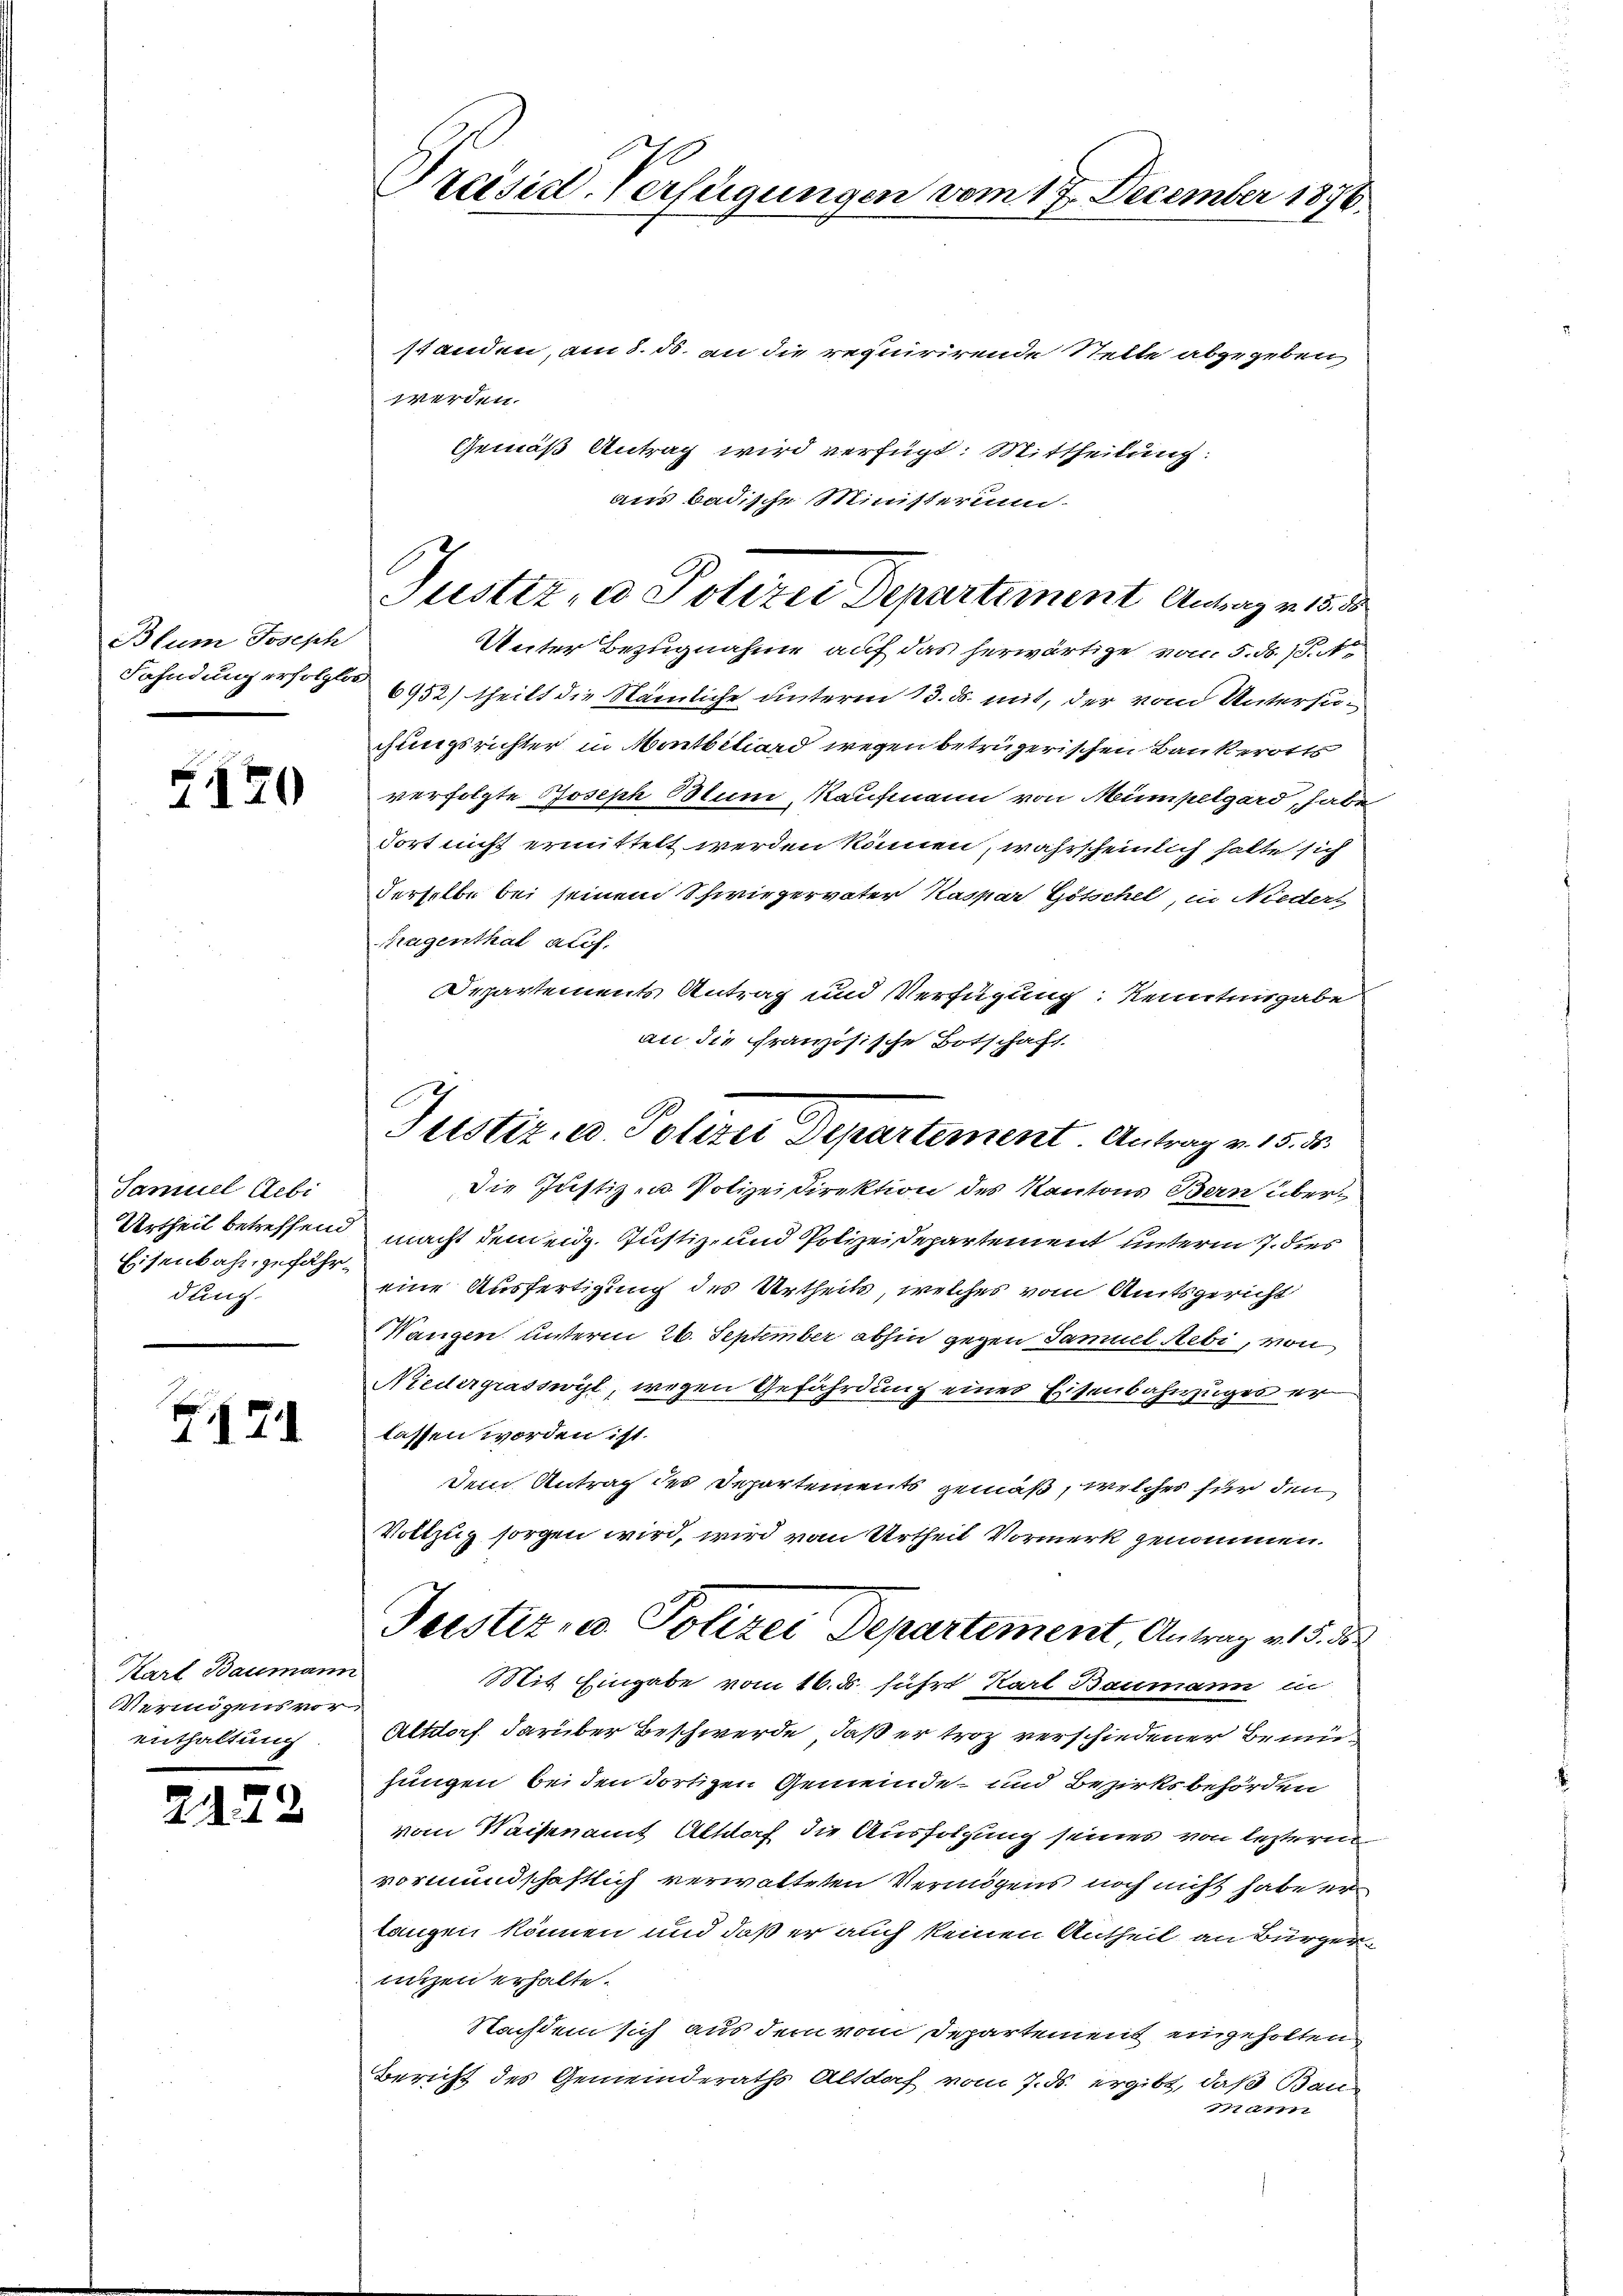
Blum Joseph

4120

Samuel Gebi
Urtheil betreffend
Eisenbahngefährdung.

Z 14

Karl Baumann
Vermögens vor
enthaltung.

2422

Preisidl, Verfügungen vom 17. December 1876.

standen, am 8. ds. an die requirirende Stelle abgegeben
werden.
Gemäß Antrag wird verfügt: Mittheilung:
aus badische Ministerun-
Unter Bezugnahme auf das herwärtige vom 5. d. 1.
Fahndung erfolgte 6952) theilt die Nämliche unterm 13. ds. mit, der vom Untersugungsrichter in Montbiliard wegen betrügerischen Bankerotts
verfolgte Joseph Muni, Kaufmann von Mümpelgard, habe
dort nicht ermittelt werden können, wahrscheinlich halte sich
Derselbe bei seinem Schwiegervater Kaspar Götschel, in Nieders
Kragenthal auf.
Departements Antrag und Verfügung: Kenntnisgabe
an die französische Botschaft.
die Justizen Polizeidirektion des Kantons Bern übermacht dem eidg. Justiz- und Polizeidepartement unterm 7. dies
eine Ausfertigung des Urtheils, welches vom Amtsgericht
Wangen unterm 26. September abhin gegen Samuel Rebi, von
Niedergrasswyl, wegen Gefährdung eines Eisenbahnzuges er
lassen worden ist.
dem Antrag des Departements gemäß, welches für den
Vollzug sorgen wird, wird vom Urtheil Vormerk genommen.
Justiz- u. Polizei Departement, Antrag v. 15. 38
Stit Eingabe vom 16. ds. führt Karl Baumann ei
Altdorf darüber Beschwerde, daß er troz verschiedener Bemü
fungen bei den dortigen Gemeinde- und Bezirksbehörden
vom Waisenamt Altdorf die Ausfolgung seines von lezterm
vormundschaftlich verwalteten Vermögens noch nicht habe er
langen können und daß er auch keinen Antheil an Bürgerunzen erhalte.
Nachdem sich aus dem vom Departement eingeholten
Bericht des Gemeinderaths Altdorf vom 7. ds. ergibt, daß Bau
11711

Justiz- & Polizei Departiiment Antrag v. 18. d.

Justiz- u. Polizei Departement Antrag v. 15. 5.